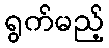
ရွက်မည့်